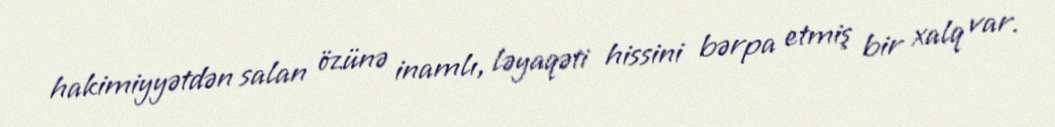
hakimiyyətdən salan özünə inamlı, ləyaqəti hissini bərpa etmiş bir xalq var.